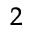
^ { 2 }